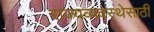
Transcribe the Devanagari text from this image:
राज्यव्यवस्थेसाठी